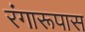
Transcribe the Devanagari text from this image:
रंगारूपास